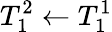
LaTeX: T_{1}^{2}\gets T_{1}^{1}